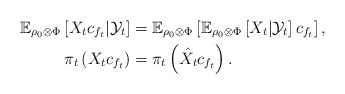
\begin{align*}\mathbb{E}_{\rho_0 \otimes \Phi} \left[X_t c_{f_t} | \mathcal{Y}_t \right] & = \mathbb{E}_{\rho_0 \otimes \Phi} \left[\mathbb{E}_{\rho_0 \otimes \Phi}\left[X_t | \mathcal{Y}_t\right]c_{f_t}\right], \\\pi_t \left(X_t c_{f_t} \right) & = \pi_t \left(\hat{X}_t c_{f_t}\right). \end{align*}